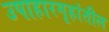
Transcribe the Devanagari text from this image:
उपाहारगृहांतील